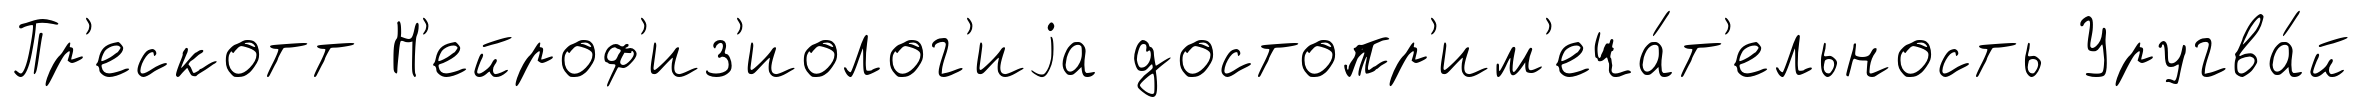
Пр'ескотт Н'ейроф'из'иолог'иjа достопр'им'еча́т'ельность Уругва́й